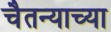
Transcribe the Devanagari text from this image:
चैतन्याच्या